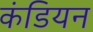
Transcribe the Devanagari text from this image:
कंडियन